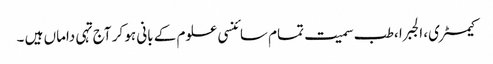
کیمسٹری، الجبرا ،طب سمیت تمام سائنسی علوم کے بانی ہو کر آج تہی داماں ہیں ۔